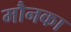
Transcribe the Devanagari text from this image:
मौनका